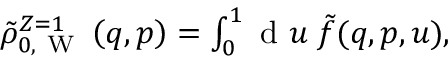
\begin{array} { r } { \tilde { \rho } _ { 0 , \mathrm { ~ W ~ } } ^ { Z = 1 } \left( q , p \right) = \int _ { 0 } ^ { 1 } \ensuremath { \mathrm { ~ d ~ } } u \; \tilde { f } ( q , p , u ) , } \end{array}